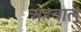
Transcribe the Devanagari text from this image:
अह्‌वाल